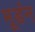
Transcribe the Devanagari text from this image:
मूडंन